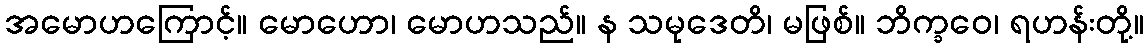
အမောဟကြောင့်။ မောဟော၊ မောဟသည်။ န သမုဒေတိ၊ မဖြစ်။ ဘိက္ခဝေ၊ ရဟန်းတို့။